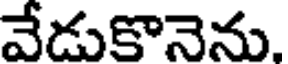
వేడుకొనెను.